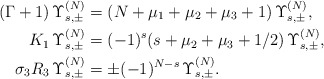
\begin{align*} (\Gamma+1)\,\Upsilon_{s,\pm}^{(N)}&=(N+\mu_1+\mu_2+\mu_3+1)\,\Upsilon_{s,\pm}^{(N)}, \\ K_1\,\Upsilon_{s,\pm}^{(N)}&=(-1)^{s}(s+\mu_2+\mu_3+1/2)\,\Upsilon_{s,\pm}^{(N)}, \\ \sigma_3 R_3\,\Upsilon_{s,\pm}^{(N)}&=\pm (-1)^{N-s}\,\Upsilon_{s,\pm}^{(N)}.\end{align*}